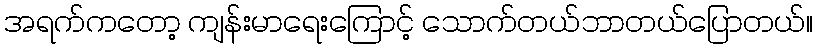
အရက်ကတော့ ကျန်းမာရေးကြောင့် သောက်တယ်ဘာတယ်ပြောတယ်။